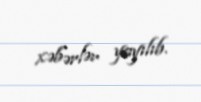
xəbərlər yayılıb.